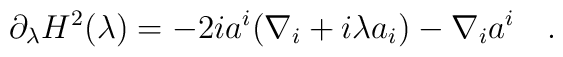
\partial_\lambda H^2(\lambda)=-2ia^i(\nabla_i+i\lambda a_i)-\nabla_i a^i~~~.